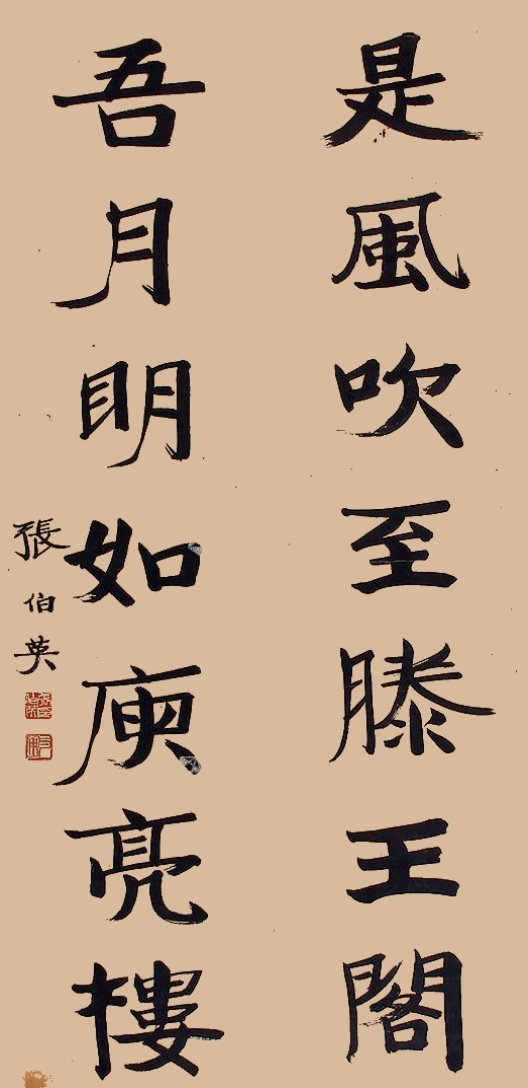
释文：是风吹至滕王阁，吾月明如庾亮楼。张伯英。